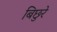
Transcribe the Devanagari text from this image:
बिछुरे